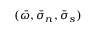
( \bar { \omega } , \bar { \sigma } _ { n } , \bar { \sigma } _ { s } )